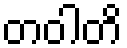
တဝါတိ